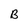
Character: B